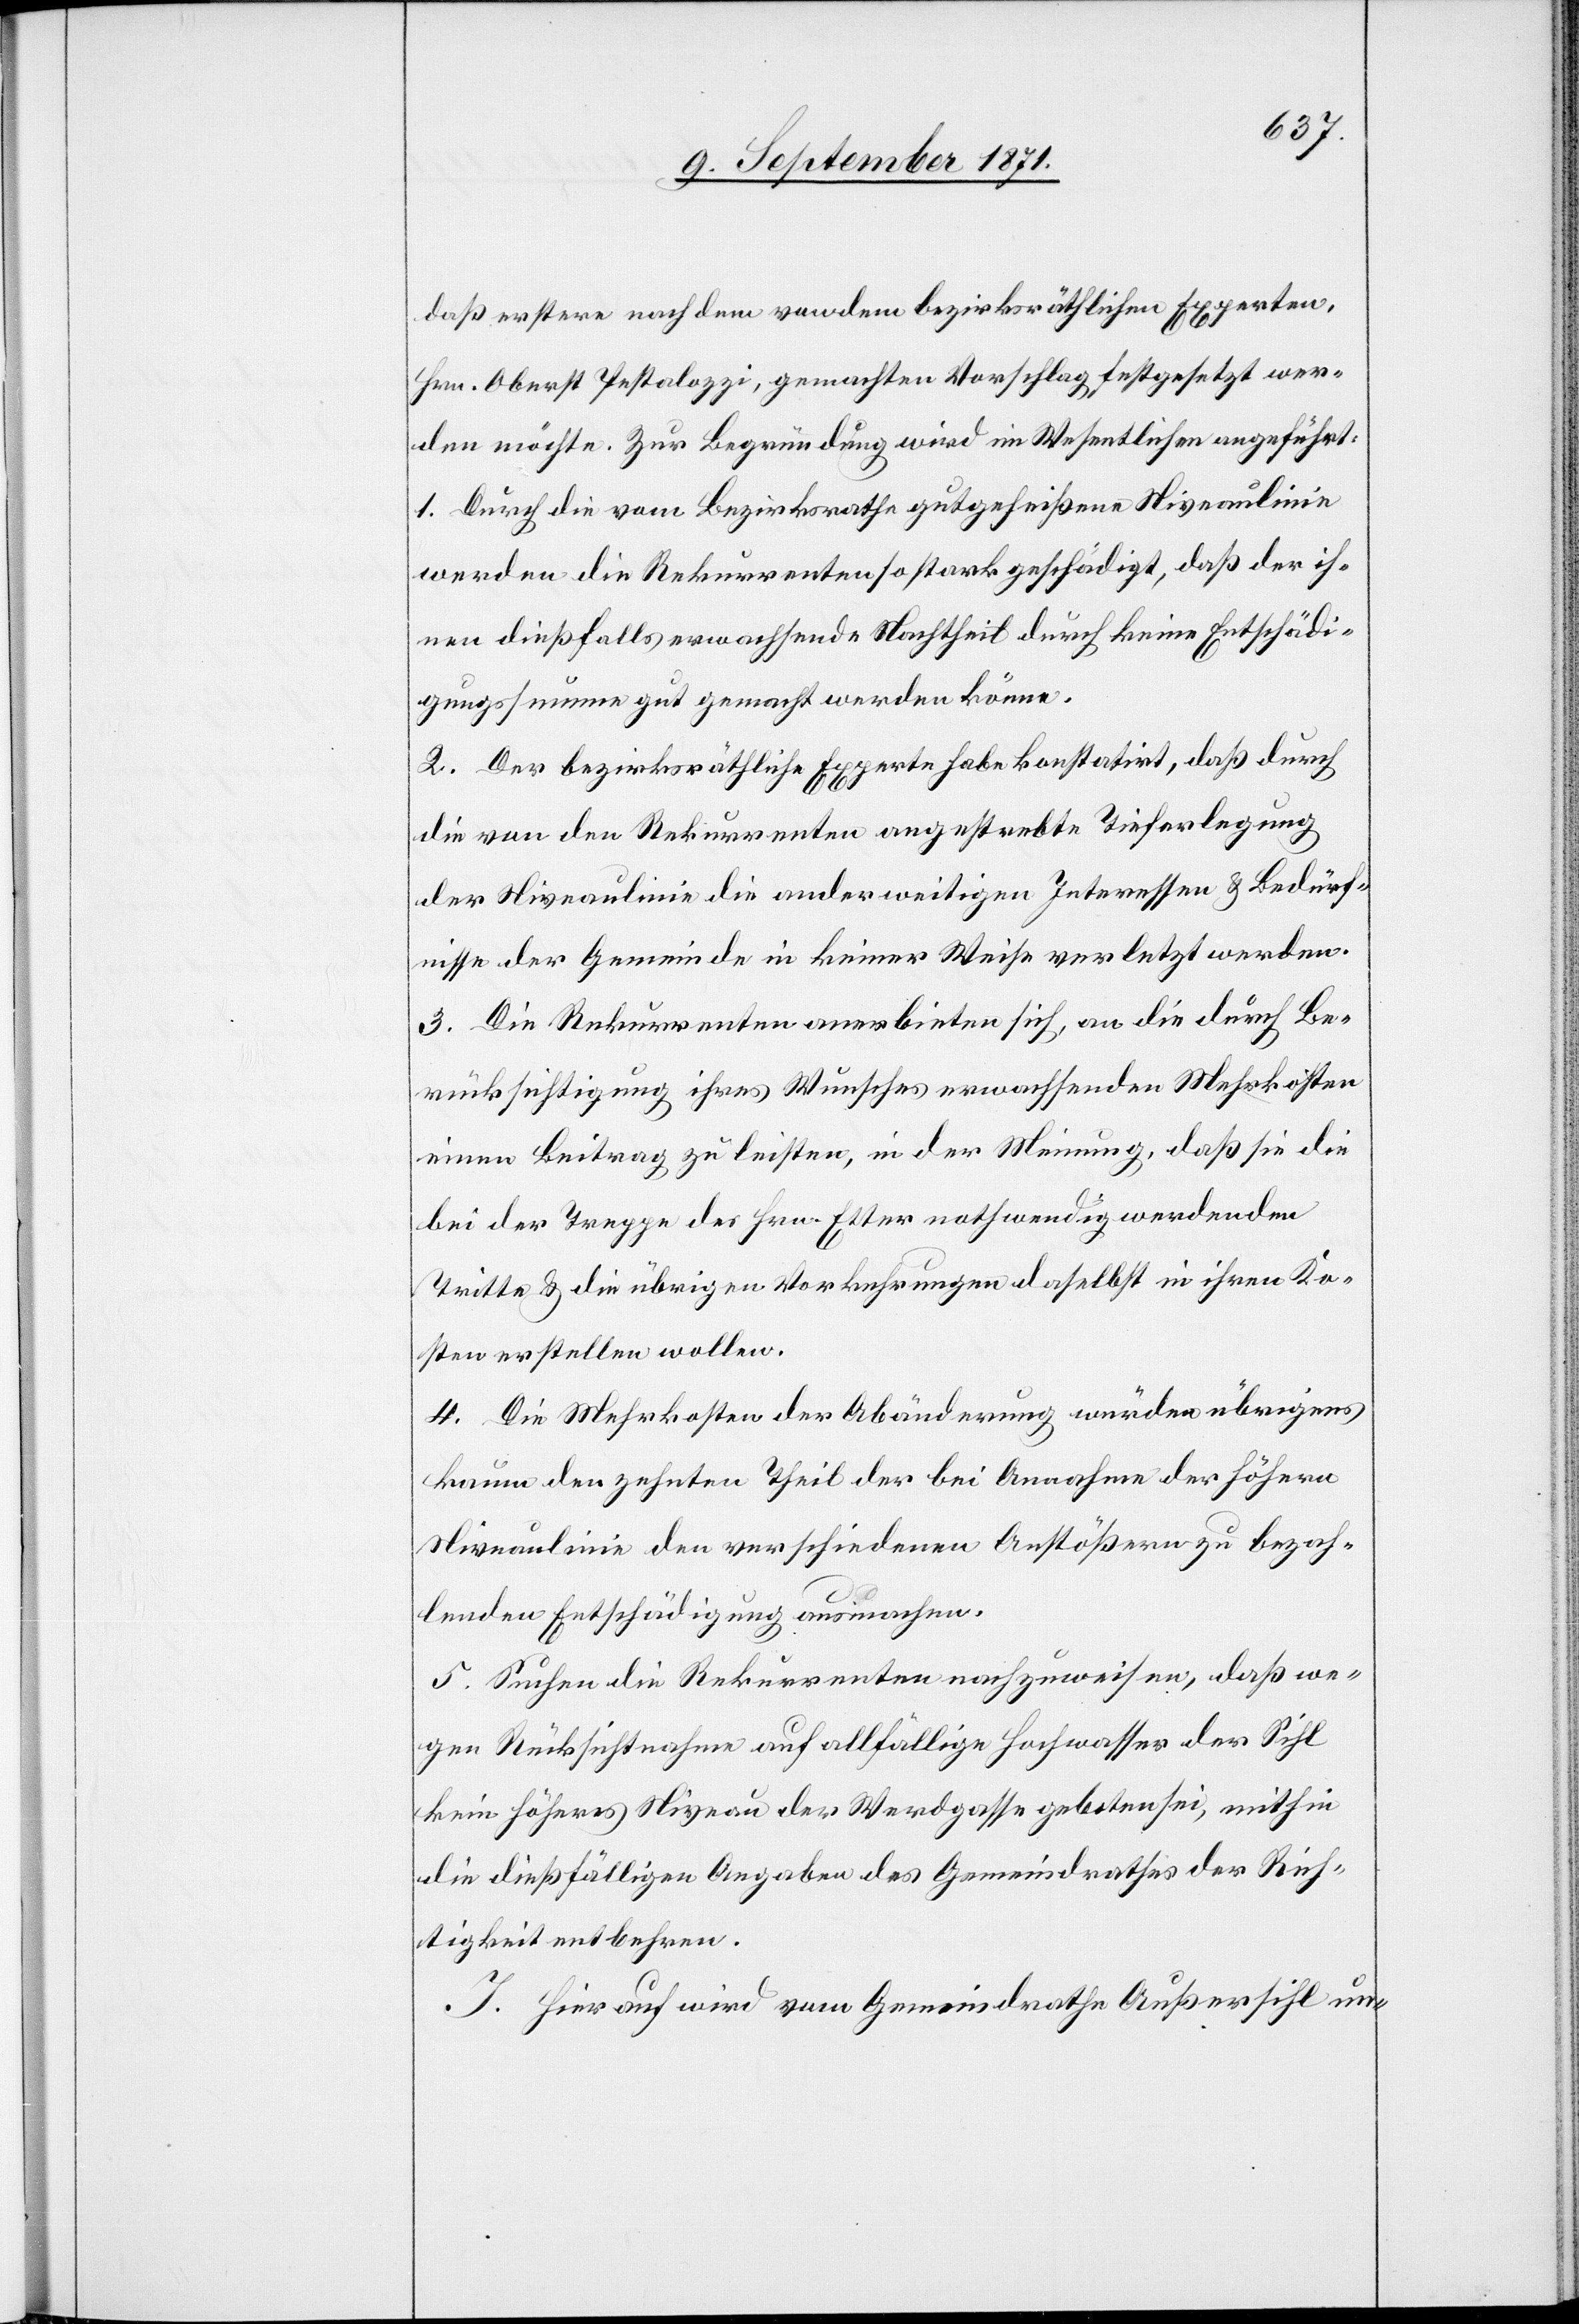
daß erstere nach dem von dem bezirksräthlichen Experten,
Hrn. Oberst Pestalozzi, gemachten Vorschlag festgelegt wer¬
den möchte. Zur Begründung wird im Wesentlichen angeführt:
1. Durch die vom Bezirksrathe gutgeheißene Niveaulinien
werden die Rekurrenten so stark geschädigt, daß der ih¬
nen dießfalls erwachsende Nachtheil durch keine Entschädi¬
gungssumme gut gemacht werden könne.
2. Der bezirksräthliche Experte habe konstatirt, daß durch
die von den Rekurrenten angestrebte Tieferlegung
der Niveaulinie die anderweitigen Interessen & Bedürf¬
nisse der Gemeinde in keiner Weise verletzt werden.
3. Die Rekurrenten anerbieten sich, an die durch Be¬
rücksichtigung ihres Wunsches erwachsenden Mehrkosten
einen Beitrag zu leisten, in der Meinung, daß sie die
bei der Treppe des Hrn. Etter nothwendig werdenden
Tritte & die übrigen Vorkehrungen daselbst in ihren Ko¬
sten erstellen wollen.
4. Die Mehrkosten der Abänderung würden übrigens
kaum den zehnten Theil der bei Anname der höhern
Niveaulinie den verschiedenen Anstößern zu bezah¬
lenden Entschädigung ausmachen.
5. Suchen die Rekurrenten nachzuweisen, daß we¬
gen Rücksichtnahme auf allfällige Hochwasser der Sihl
kein höheres Niveau der Werdgasse geboten sei, mithin
die dießfälligen Angaben des Gemeindrathes der Rich¬
tigkeit entbehren.
I. Hierauf wird vom Gemeindrath Außersihl un-